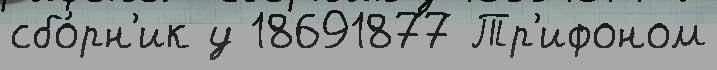
сбо́рн'ик у 18691877 Тр'ифоном